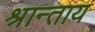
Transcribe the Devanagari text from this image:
श्रान्ताय